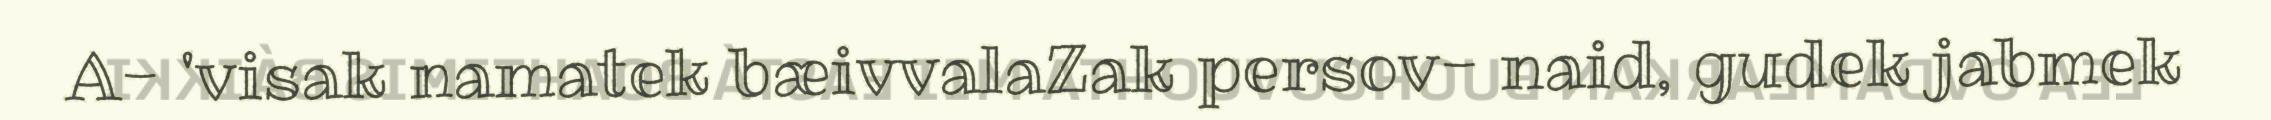
A- 'visak namatek bæivvalaZak persov- naid, gudek jabmek